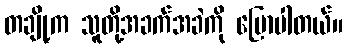
တချို့က သူတို့အခက်အခဲကို ပြောပါတယ်။